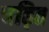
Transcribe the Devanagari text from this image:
चढ़ित